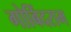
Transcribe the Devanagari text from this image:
गोबिंदराम